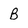
Character: B